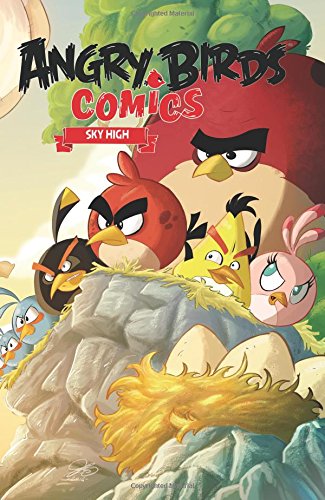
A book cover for Angry Birds Comics Volume 3: Sky High (Angry Birds Comics Hc); Janne Toriseva; Children's Books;